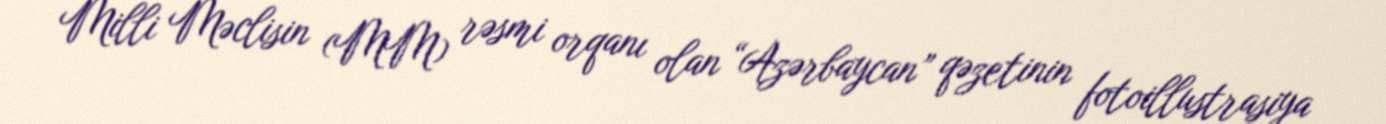
Milli Məclisin (MM) rəsmi orqanı olan “Azərbaycan” qəzetinin fotoillustrasiya